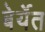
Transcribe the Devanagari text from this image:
बेर्येत